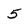
Character: 5